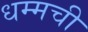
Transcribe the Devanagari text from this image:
धम्मची